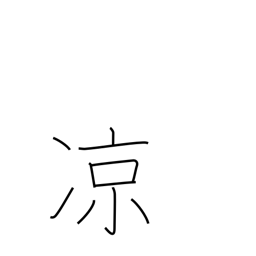
Meaning: nice and cool